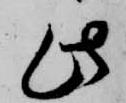
此